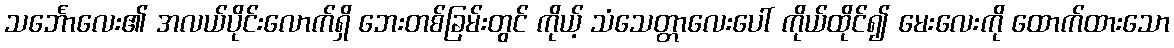
သင်္ဘောလေး၏ အလယ်ပိုင်းလောက်ရှိ ဘေးတစ်ခြမ်းတွင် ကိုယ့် သံသေတ္တာလေးပေါ် ကိုယ်ထိုင်၍ မေးလေးကို ထောက်ထားသော